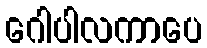
ဂေါပါလကာပေ